Medical and sanitary report of the native army of Bengal for the year
Year: 1876
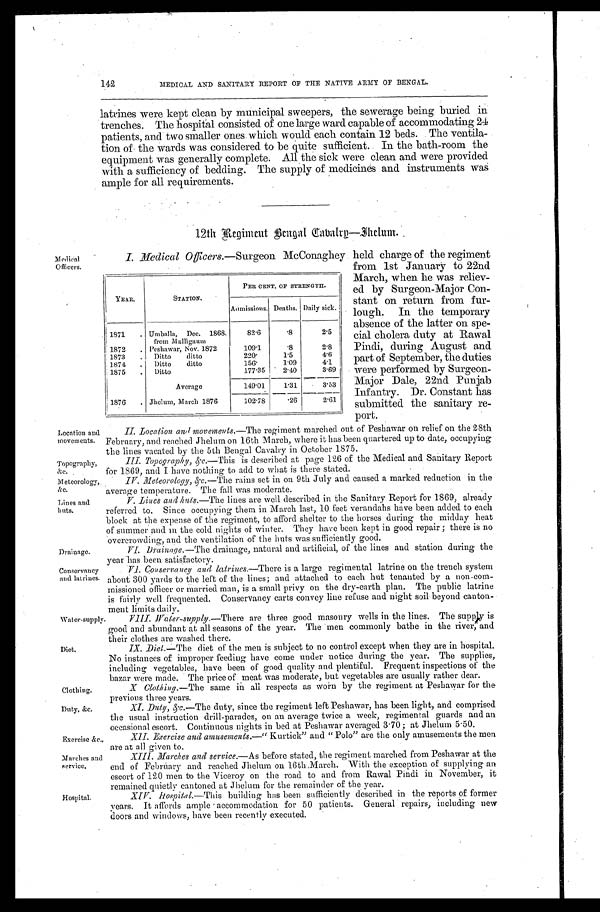
Location and
movements.
Topography,
&c.
Meteorology,
&C.
Lines and
huts.
Drainage.
Conservancy
and latrines.
clothing.
Duty, &c.
Exercise &c.,
Marches and
service.
Water-supply.
Diet.
142
Medical
Officers.
Hospital.
MEDICAL AND SANITARY REPORT OF THE NATIVE ARMY OF BENGAL.
latrines were kept clean by municipal sweepers, the sewerage being buried in
trenches. The hospital consisted of one large ward capable of accommodating 24
patients, and two smaller ones which would each contain 12 beds. The ventila-
tion of the wards was considered to be quite sufficient. In the bath-room the
equipment was generally complete. All the sick were clean and were provided
with a sufficiency of bedding. The supply of medicines and instruments was
ample for all requirements.
12th Regiment Bengal Cavalry—Jhelum.
I. Medical Officers.—Surgeon McConaghey held charge of the regiment
from 1st January to 22nd
March, when he was reliev-
ed by Surgeon-Major Con-
stant on return from fur-
lough. In the temporary
absence of the latter on spe-
cial cholera duty at Rawal
Pindi, during August and
part of September, the duties
were performed by Surgeon-
Major Dale, 22nd Punjab
Infantry. Dr. Constant has
submitted the sanitary re-
port.
II. Location and movements.—The regiment marched out of Peshawar on relief on the 28th
February, and reached Jhelum on 16th March, where it has been quartered up to date, occupying
the lines vacated by the 5th Bengal Cavalry in October 1875.
III. Topography, &c.—This is described at page 126 of the Medical and Sanitary Report
for 1869, and I have nothing to add to what is there stated.
IV. Meteorology, &c.—The rains set in on 9th July and caused a marked reduction in the
average temperature. The fall was moderate.
V. Lines and huts.—The lines are Well described in the Sanitary Report for 1869, already
referred to. Since occupying them in March last, 10 feet verandahs have been added to each
block at the expense of the regiment, to afford shelter to the horses during the midday heat
of summer and in the cold nights of winter. They have been kept in good repair; there is no
overcrowding, and the ventilation of the huts was sufficiently good.
VI. Drainage. —The drainage, natural and artificial, of the lines and station during the
year has been satisfactory.
VI. Conservancy and latrines. —There is a large regimental latrine on the trench system
about 300 yards to the left of the lines; and attached to each hut tenanted by a non-com-
missioned officer or married man, is a small privy on the dry-earth plan. The public latrine
is fairly well frequented. Conservancy carts convey line refuse and night soil beyond canton-
me nt l i mi t s da i l y.
VIII. Water-supply.—There are three good masonry wells in the lines. The supply is
good and abundant at all seasons of the year. The men commonly bathe in the river, and
their clothes are washed there.
IX. Diet.—The diet of the men is subject to no control except when they are in hospital.
No instances of improper feeding have come under notice during the year. The supplies,
including vegetables, have been of good quality and plentiful. Frequent inspections of the
bazar were made. The price of meat was moderate, but vegetables are usually rather dear.
X Clothing. —The same in all respects as worn by the regiment at Peshawar for the
previous three years.
XI. Duty, &c . — T h e d u t y , s i n c e t h e r e g i m e n t l e f t P e s h a w a r , h a s b e e n l i g h t , a n d c o m p r i s e d
the usual instruction drill-parades, on an average twice a week, regimental guards and an
occasional escort. Continuous nights in bed at Peshawar averaged 3.70; at Jhelum 5.50.
XII. Exercise and amusements.—" Kurtick" and "Polo" are the only amusements the men
are at all given to.
XIII. Marches and service. —As before stated, the regiment marched from Peshawar at the
end of February and reached Jhelum on 16th March. With the exception of supplying an
escort of 120 men to the Viceroy on the road to and from Rawal Pindi in November, it
remained quietly cantoned at Jhelum for the remainder of the year.
XIV. Hospital.—This building has been sufficiently described in the reports of former
years. It affords ample accommodation for 50 patients. General repairs, including new
doors and windows, have been recently executed.
YEAR.
STATION.
PER CENT. OF STRENGTH.
Admissions. Deaths. Daily sick.
1871
Umballa, Dec. 1868.
from Malligaum
82.6
.8
2.5
1872
Peshawar, Nov. 1872
109.1
.8
2. 8
1873
Ditto ditto
220.
1.5
4.6
1874
Ditto ditto
156.
1.09
4. 1
1875
Ditto
177.35 2.40
3. 69
Average
149.01 1.31
3.53
1876
Jhelum, March 1876
102.78
.26
2.61